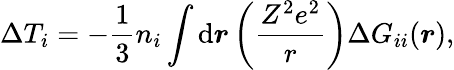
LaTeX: \Delta T_{i}=-\frac{1}{3}n_{i}\int\mathrm{d}\boldsymbol{r}\left(\frac{Z^{2}e^{2}}{r}\right)\Delta G_{ii}(\boldsymbol{r}),